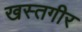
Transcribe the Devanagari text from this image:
खस्तगीर